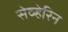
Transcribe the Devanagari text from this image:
सेव्हेरिन